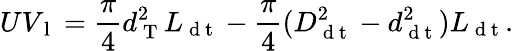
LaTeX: UV_{\mathrm{~l~}}=\frac{\pi}{4}d_{\mathrm{~T~}}^{2}L_{\mathrm{~d~t~}}-\frac{\pi}{4}(D_{\mathrm{~d~t~}}^{2}-d_{\mathrm{~d~t~}}^{2})L_{\mathrm{~d~t~}}.